65_HS1-834228961_62-HQ-83894_SUB_A
Agency: FBI
Page 32
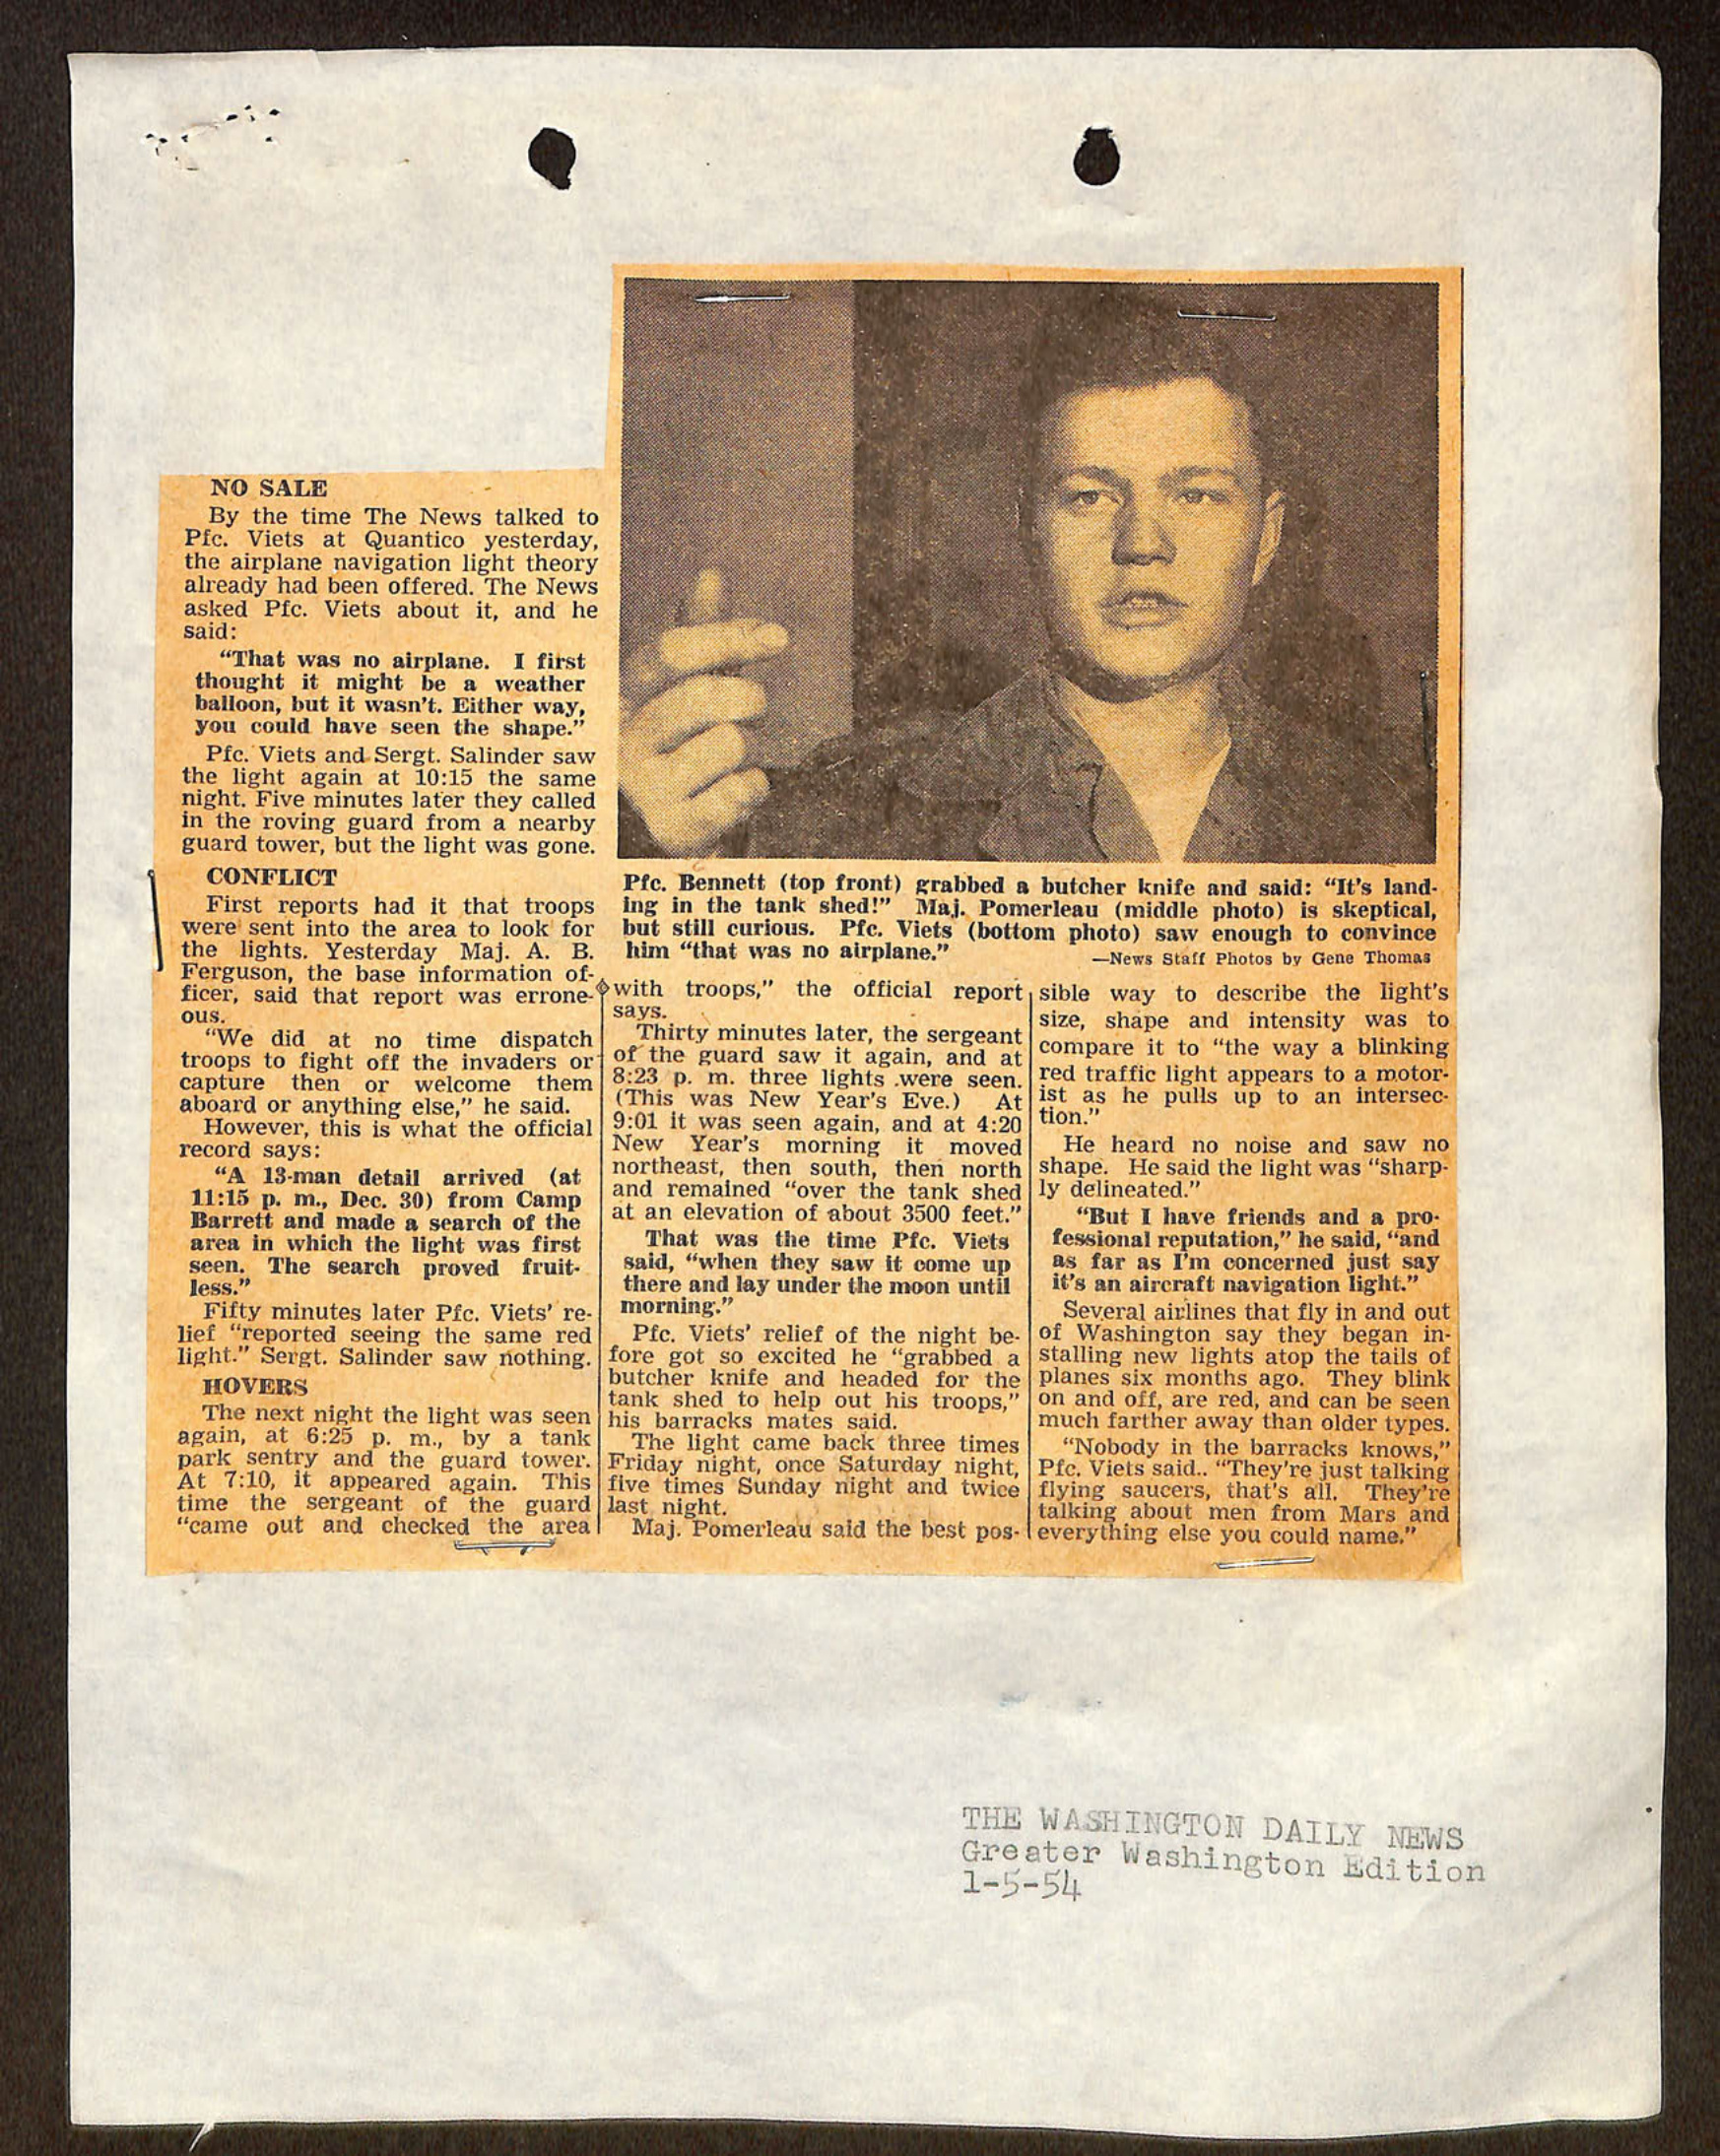